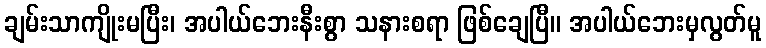
ချမ်းသာကျိုးမပြီး၊ အပါယ်ဘေးနီးစွာ သနားစရာ ဖြစ်ချေပြီ။ အပါယ်ဘေးမှလွတ်မူ